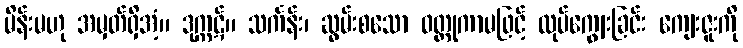
မိန်းမဟု အမှတ်ရှိအံ့။ ဒုက္ကဋ်။ သင်္ကန်း၊ ဆွမ်းစသော ဝတ္ထုကာမဖြင့် လုပ်ကျွေးခြင်း ကျေးဇူးကို